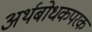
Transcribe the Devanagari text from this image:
अर्थबोधकपरक